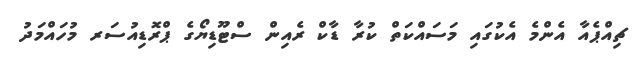
ޗިއްޕެއާ އެންމެ އެކުގައި މަސައްކަތް ކުރާ ޑާކް ރެއިން ސްޓޫޑިޔޯގެ ޕްރޮޑިއުސަރ މުހައްމަދު